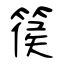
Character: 篌